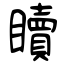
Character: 𥌚